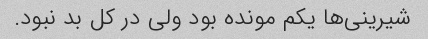
شیرینی‌ها یکم مونده بود ولی در کل بد نبود.